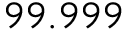
9 9 . 9 9 9 \